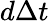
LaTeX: d\Delta t